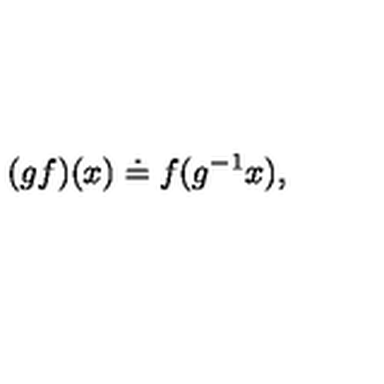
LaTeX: ( g f ) ( x ) \doteq f ( g ^ { - 1 } x ) ,